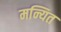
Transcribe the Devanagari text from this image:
मन्यित